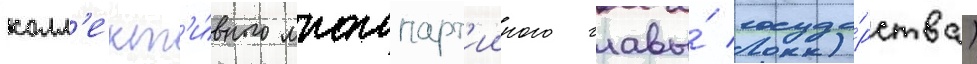
колл'ект'и́вного многопарт'ииного главы́ госуда́рства)